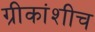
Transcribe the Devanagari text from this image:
ग्रीकांशीच